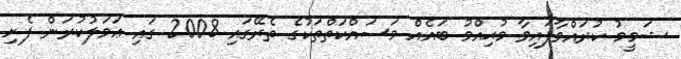
ޝަމީމު ކުރައްވާފައިވާ މުޙިއްމު ބައެއް މަސައްކަތްތަކުގެ ތެރޭގައި 2008 ގައި ޢަމަލުކުރަން ފެށި